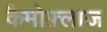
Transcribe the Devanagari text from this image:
कैमोफ़्लाज